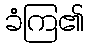
ခံကြ၏